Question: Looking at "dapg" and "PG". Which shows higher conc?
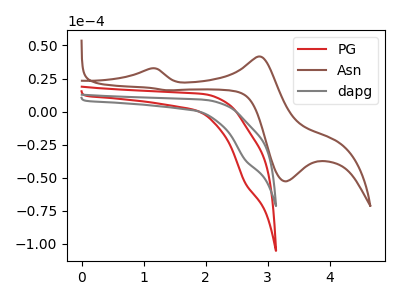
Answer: <think>The red curve "PG" has a cathodic peak at: (2.65V, -53.95uA). The brown curve "Asn" has anodic peaks at (1.10V, 32.65uA) (2.85V, 41.65uA) and cathodic peaks at (3.30V, -52.80uA) (1.40V, 16.05uA). The gray curve "dapg" has a cathodic peak at: (2.65V, -36.60uA).
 All the peaks in "dapg" have a peak in "PG" at the same potential. Every peak in "dapg" is lower than every peak in "PG".</think>
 <answer>"dapg" has less signal than "PG" and so likely has a lower concentration.</answer>
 <eval>less_concentration</eval>